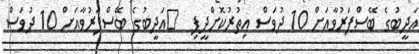
އަދީބުގެ ބޭސްފަރުވާއަށް 10 ދުވަސް އިތުރުކޮށްދީފި  	އަދީބުގެ ބޭސްފަރުވާއަށް 10 ދުވަސް